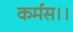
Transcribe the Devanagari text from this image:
कर्मस।।